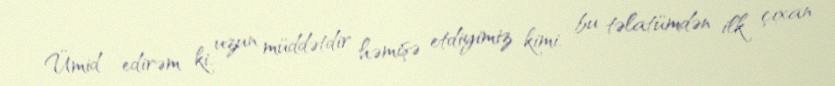
Ümid edirəm ki, uzun müddətdir həmişə etdiyimiz kimi, bu təlatümdən ilk çıxan